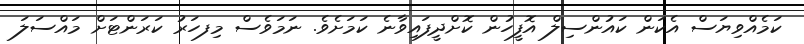
ކަމެއްވިޔަސް އެކަން ކައުންސިލް އޮފީހުން ކޮށްދީފައިވާނެ ކަމަށެވެ. ނަމަވެސް މިފހަރު ކަރަންޓަށް މައްސަލަ